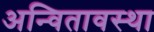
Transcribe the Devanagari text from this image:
अन्वितावस्था